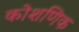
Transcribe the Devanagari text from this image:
कोशणिक